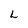
Character: L